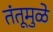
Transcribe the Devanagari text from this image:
तंतूमुळे